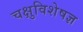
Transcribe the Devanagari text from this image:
चक्षुविशेषज्ञ